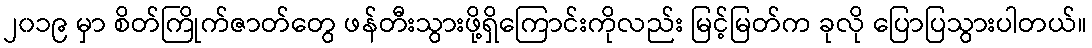
၂၀၁၉ မှာ စိတ်ကြိုက်ဇာတ်တွေ ဖန်တီးသွားဖို့ရှိကြောင်းကိုလည်း မြင့်မြတ်က ခုလို ပြောပြသွားပါတယ်။